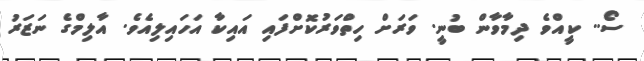
ސޯ.. ކީއްވެ ދިމާވާން ބުނީ. ވަރަށް ހިތްވަރުކޮށްފައި އައިކާ އަހައިލިއެވެ. އާލިމްގެ ނަޒަރު